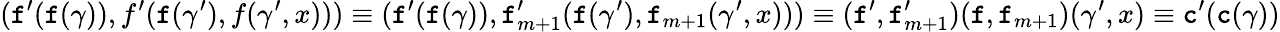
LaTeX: (\textnormal{\texttt{f}}^{\prime}(\textnormal{\texttt{f}}(\gamma)),f^{\prime}(\textnormal{\texttt{f}}(\gamma^{\prime}),f(\gamma^{\prime},x)))\equiv(\textnormal{\texttt{f}}^{\prime}(\textnormal{\texttt{f}}(\gamma)),\textnormal{\texttt{f}}_{m+1}^{\prime}(\textnormal{\texttt{f}}(\gamma^{\prime}),\textnormal{\texttt{f}}_{m+1}(\gamma^{\prime},x)))\equiv(\textnormal{\texttt{f}}^{\prime},\textnormal{\texttt{f}}_{m+1}^{\prime})(\textnormal{\texttt{f}},\textnormal{\texttt{f}}_{m+1})(\gamma^{\prime},x)\equiv\textnormal{\texttt{c}}^{\prime}(\textnormal{\texttt{c}}(\gamma))